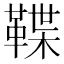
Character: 鞢